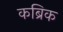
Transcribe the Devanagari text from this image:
कब्रिक